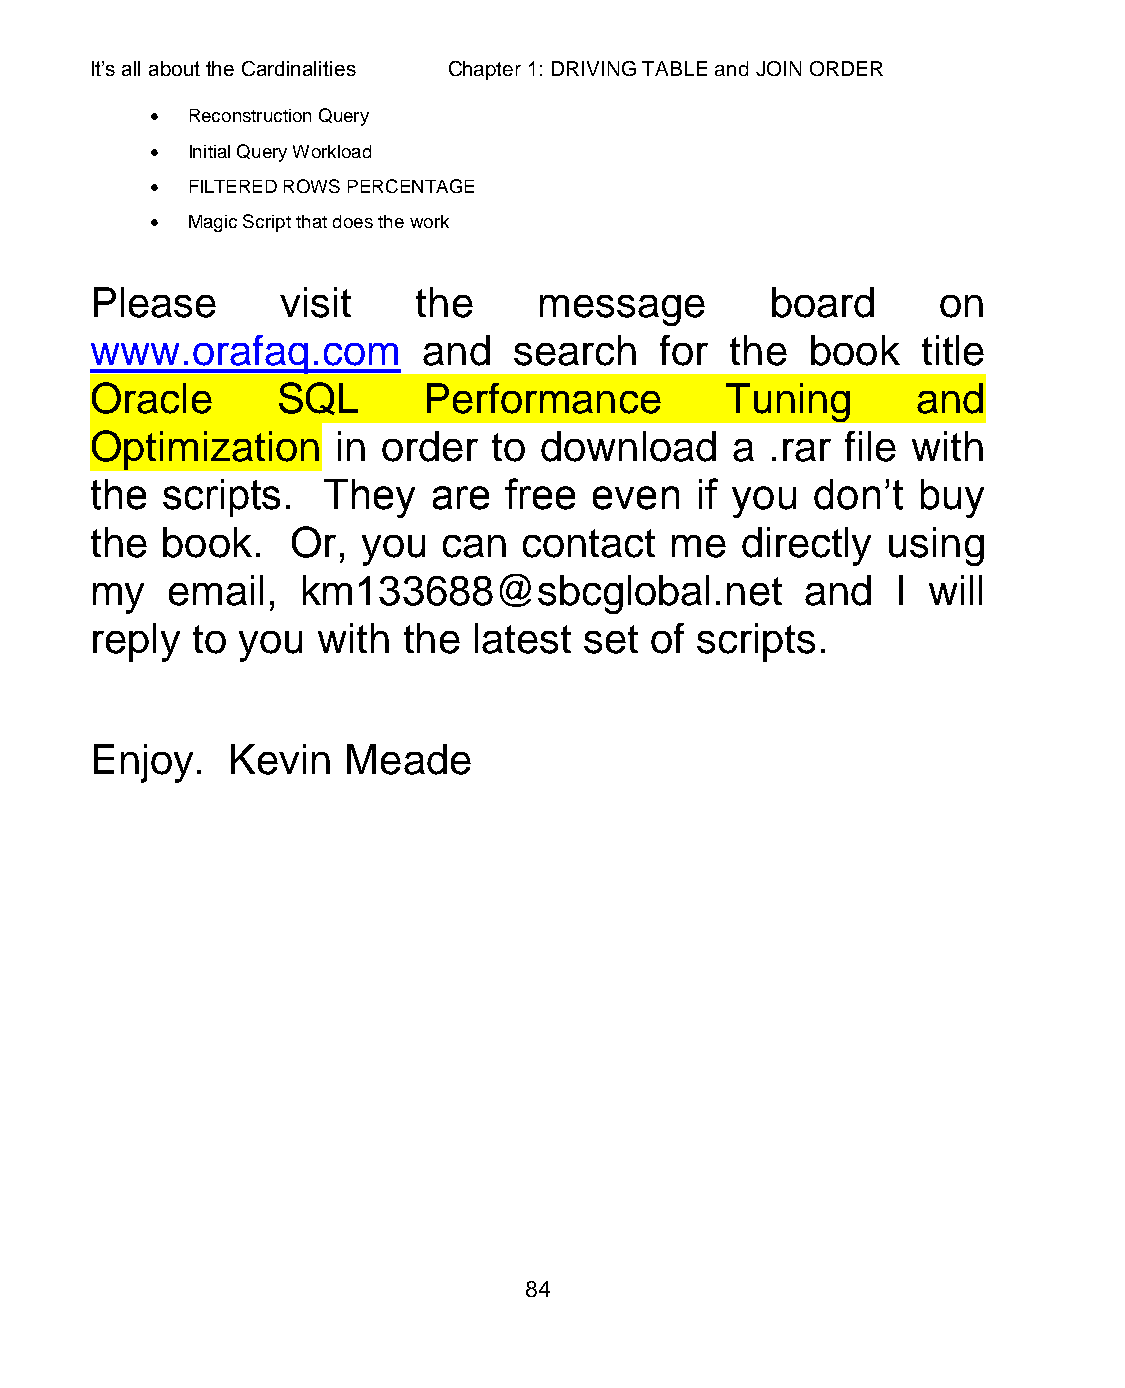
It’s all about the Cardinalities Chapter 1: DRIVING TABLE and JOIN ORDER
  Reconstruction Query
  Initial Query Workload
  FILTERED ROWS PERCENTAGE
  Magic Script that does the work
 Please       visit    the     message        board      on
 www.orafaq.com        and   search    for the   book   title
 Oracle      SQL       Performance         Tuning       and
 Optimization    in order   to download    a  .rar file with
 the  scripts.  They    are free  even   if you  don’t  buy
 the  book.   Or,  you  can   contact  me   directly  using
 my   email,   km133688@sbcglobal.net           and   I will
 reply  to you  with  the latest  set of scripts.
 Enjoy.   Kevin   Meade
 84